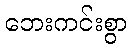
ဘေးကင်းစွာ